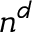
n ^ { d }